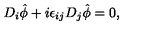
D _ { i } \hat { \phi } + i \epsilon _ { i j } D _ { j } \hat { \phi } = 0 ,